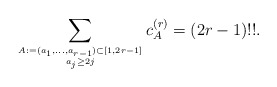
\begin{gather*}\sum_{A:=(a_1,\ldots,a_{r-1}) \subset [1,2r-1] \atop a_{j} \ge 2 j} c_{A}^{(r)} = (2r-1) !! .\end{gather*}